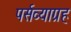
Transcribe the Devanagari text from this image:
पर्सव्याग्रह